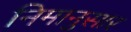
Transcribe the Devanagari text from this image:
निमानुसार